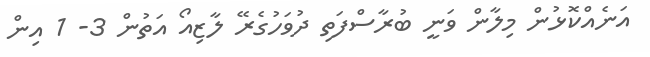
އަނެއްކޮޅުން މިލާން ވަނީ ބުރާސްފަތި ދުވަހުގެރޭ ލާޒިއޯ އަތުން 3- 1 އިން